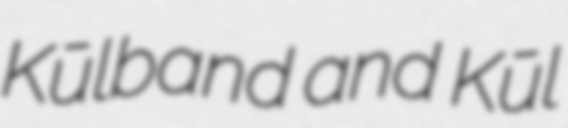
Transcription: Kūlband and Kūl